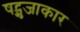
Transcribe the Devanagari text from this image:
षट्भुजाकार